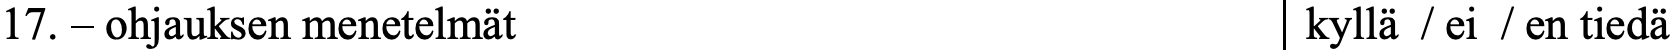
17. – ohjauksen menetelmät                 kyllä / ei / en tiedä